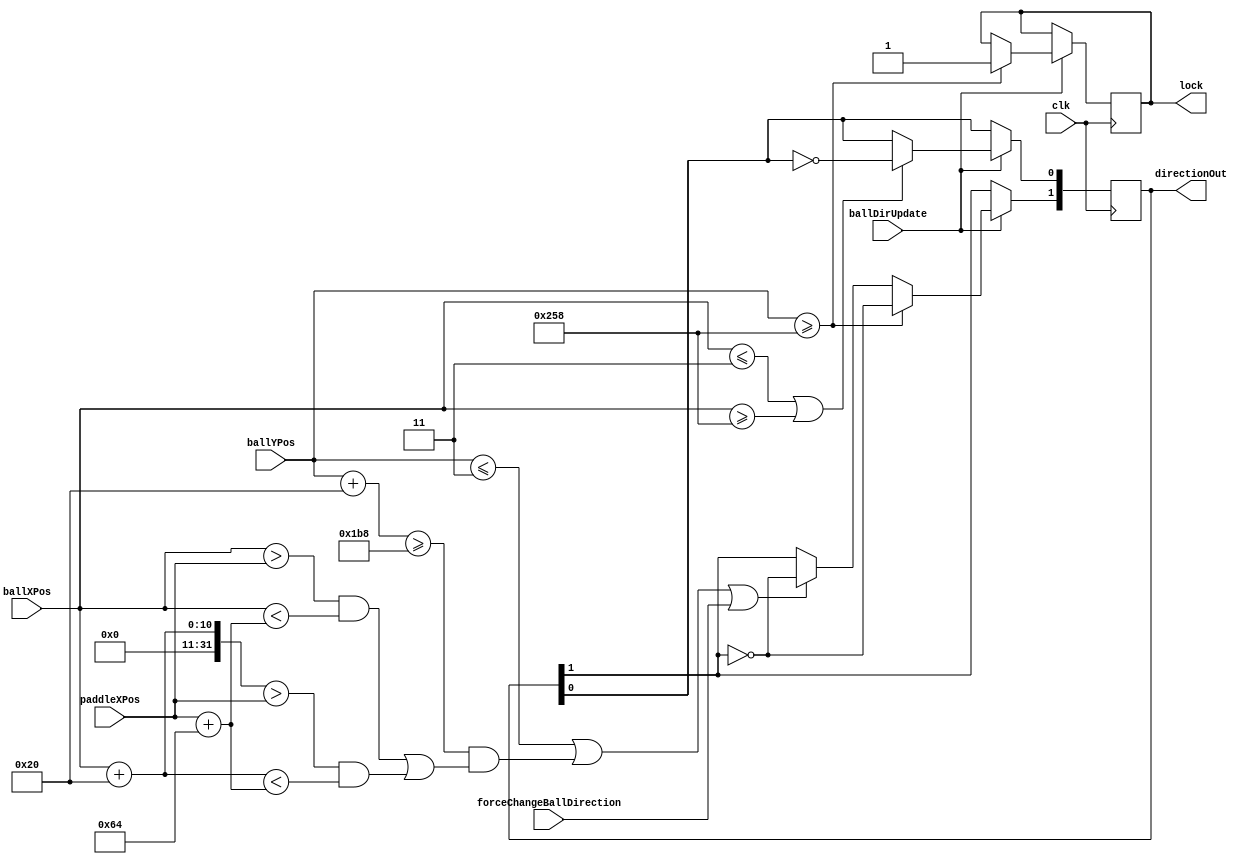
`timescale 1ns / 1ps
//////////////////////////////////////////////////////////////////////////////////
// Company: 
// Engineer: 
// 
// Design Name: 
// Module Name:    ballCollisionEngine 
// Project Name: 
// Target Devices: 
// Tool versions: 
// Description: 
//
// Dependencies: 
//
// Revision: 
// Revision 0.01 - File Created
// Additional Comments: 
//
//////////////////////////////////////////////////////////////////////////////////
/*`define DIRECTION_NE 4'b1001
`define DIRECTION_SE 4'b0101
`define DIRECTION_SV 4'b1001
`define DIRECTION_NV 4'b1010*/
`define DIRECTION_NE 2'b10
`define DIRECTION_SE 2'b00
`define DIRECTION_SV 2'b01
`define DIRECTION_NV 2'b11
module ballCollisionEngine(
	input clk,
	input ballDirUpdate,
	input[9:0] ballXPos,
	input[9:0] ballYPos,
	input[9:0] paddleXPos,
	input forceChangeBallDirection,
	output [1:0] directionOut,
	output lock
    );
	parameter ballSize = 16*2;
	reg[1:0] directionReg = `DIRECTION_NE;
	reg directionLockReg = 0;
	assign directionOut = directionReg;
	assign lock = directionLockReg;
	always @(posedge clk) begin
		if(ballDirUpdate) begin 
			if((ballYPos<= 3)||
					((ballYPos+ballSize>=440)&&
					(((ballXPos>paddleXPos)&&(ballXPos<paddleXPos+100))||
					((ballXPos+ballSize>paddleXPos)&&(ballXPos+ballSize<paddleXPos+100))))||
				(forceChangeBallDirection)) begin
				directionReg[1] <= ~directionReg[1];
			end
			if((ballXPos <= 3)||(ballXPos>=600)) begin  // leftBorder
				directionReg[0] <= ~directionReg[0];
			end
			if(ballYPos>=600) begin 
				directionReg[1] <= ~directionReg[1];
				directionLockReg <= 1;
			end
		end
	end
	
endmodule